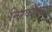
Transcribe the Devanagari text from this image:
निरंकारियों